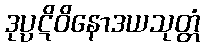
ဒုပ္ပဋိဝိနောဒယသုတ္တံ